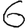
Digit: 6